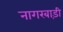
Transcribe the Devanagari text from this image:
नागरबाड़ी